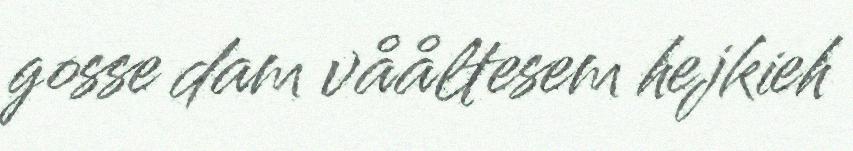
gosse dam vååltesem hejkieh